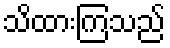
သိထားကြသည်